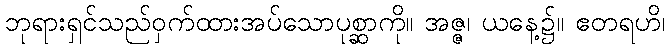
ဘုရားရှင်သည်ဝှက်ထားအပ်သောပုစ္ဆာကို။ အဇ္ဇ၊ ယနေ့၌။ ဧတရဟိ၊